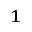
^ 1